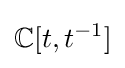
\mathbb {\mathbb {C} } [t,t^{-1}]